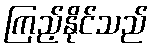
ကြည့်နိုင်သည်